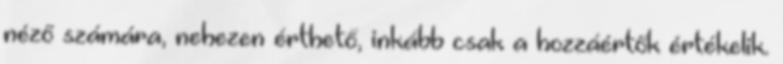
néző számára, nehezen érthető, inkább csak a hozzáértők értékelik.